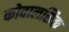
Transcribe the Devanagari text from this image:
कोवालसिक